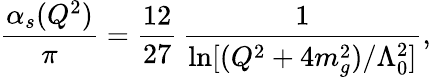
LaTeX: \frac{\alpha_{s}(Q^{2})}{\pi}=\frac{12}{27}\, \frac{1}{\ln[(Q^{2}+4m_{g}^{2})/\Lambda_{0}^{2}]},